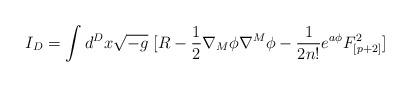
LaTeX: \begin{align*}I_D=\int d^D x \sqrt{-g}~ [R-{1\over 2} \nabla_M \phi \nabla^M \phi-{1 \over 2 n!} e^{a \phi} F^2_{[p+2]}] \end{align*}